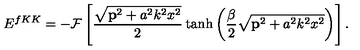
E ^ { f K K } = - { \cal { F } } \left[ \frac { \sqrt { { \bf p } ^ { 2 } + a ^ { 2 } k ^ { 2 } x ^ { 2 } } } { 2 } \tanh \left( \frac { \beta } { 2 } \sqrt { { \bf p } ^ { 2 } + a ^ { 2 } k ^ { 2 } x ^ { 2 } } \right) \right] .